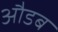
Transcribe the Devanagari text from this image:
औडब